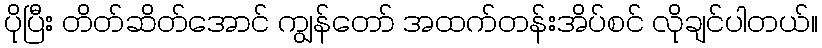
ပိုပြီး တိတ်ဆိတ်အောင် ကျွန်တော် အထက်တန်းအိပ်စင် လိုချင်ပါတယ်။